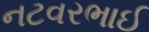
નટવરભાઈ